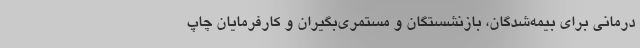
درمانی برای بیمه‌شدگان، بازنشستگان و مستمری‌بگیران و کارفرمایان چاپ